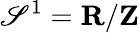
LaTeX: \mathscr{S}^{1}=\mathbf{{R}}/\mathbf{{Z}}